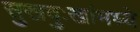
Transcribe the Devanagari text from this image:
सुखदुःखांमध्ये